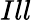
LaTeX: Ill